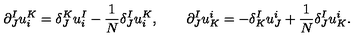
\partial _ { J } ^ { I } u _ { i } ^ { K } = \delta _ { J } ^ { K } u _ { i } ^ { I } - { \frac { 1 } { N } } \delta _ { J } ^ { I } u _ { i } ^ { K } , \qquad \partial _ { J } ^ { I } u _ { K } ^ { i } = - \delta _ { K } ^ { I } u _ { J } ^ { i } + { \frac { 1 } { N } } \delta _ { J } ^ { I } u _ { K } ^ { i } .